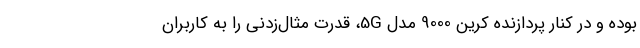
بوده و در کنار پردازنده کرین 9000 مدل 5G، قدرت مثال‌زدنی را به کاربران